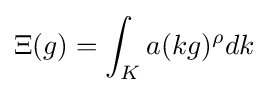
\Xi (g)=\int _{K}a(kg)^{\rho }dk